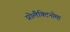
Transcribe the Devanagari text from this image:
प्रोलैक्टिनोमा